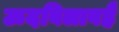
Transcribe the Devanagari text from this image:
ऊदबिलावहै